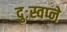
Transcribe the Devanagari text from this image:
दुःस्वप्ने